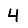
Digit: 4